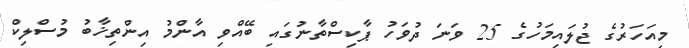
މިއަހަރުގެ ޖުލައިމަހުގެ 25 ވަނަ ދުވަހު ޕާކިސްތާނުގައި ބޭއްވި އާންމު އިންތިޚާބު މުސްލިކް